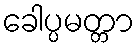
ခေါပ္ပမတ္တာ